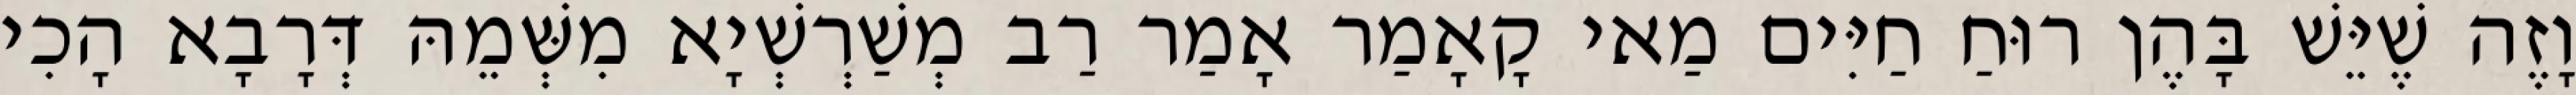
וָזֶה שֶׁיֵּשׁ בָּהֶן רוּחַ חַיִּים מַאי קָאָמַר אָמַר רַב מְשַׁרְשְׁיָא מִשְּׁמֵהּ דְּרָבָא הָכִי